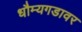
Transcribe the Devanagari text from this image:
धौम्यगडावर